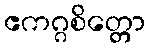
ဧကဂ္ဂစိတ္တော